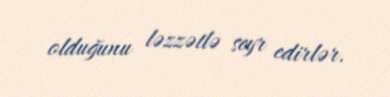
olduğunu ləzzətlə seyr edirlər.